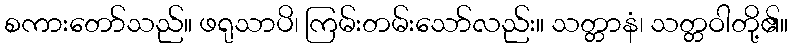
စကားတော်သည်။ ဖရုသာပိ၊ ကြမ်းတမ်းသော်လည်း။ သတ္တာနံ၊ သတ္တဝါတို့၏။